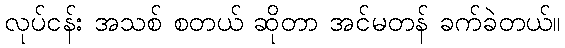
လုပ်ငန်း အသစ် စတယ် ဆိုတာ အင်မတန် ခက်ခဲတယ်။